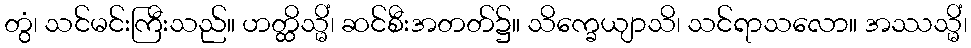
တွံ၊ သင်မင်းကြီးသည်။ ဟတ္ထိသ္မိံ၊ ဆင်စီးအတတ်၌။ သိက္ခေယျာသိ၊ သင်ရာသလော။ အဿသ္မိံ၊